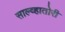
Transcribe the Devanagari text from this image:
साल्व्हातोरी